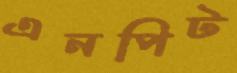
এনপিট